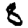
Digit: 8